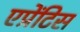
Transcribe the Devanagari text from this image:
एप्रेंटिस